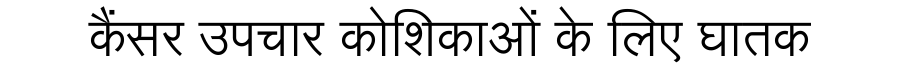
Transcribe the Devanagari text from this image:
कैंसर उपचार कोशिकाओं के लिए घातक